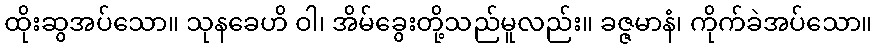
ထိုးဆွအပ်သော။ သုနခေဟိ ဝါ၊ အိမ်ခွေးတို့သည်မူလည်း။ ခဇ္ဇမာနံ၊ ကိုက်ခဲအပ်သော။